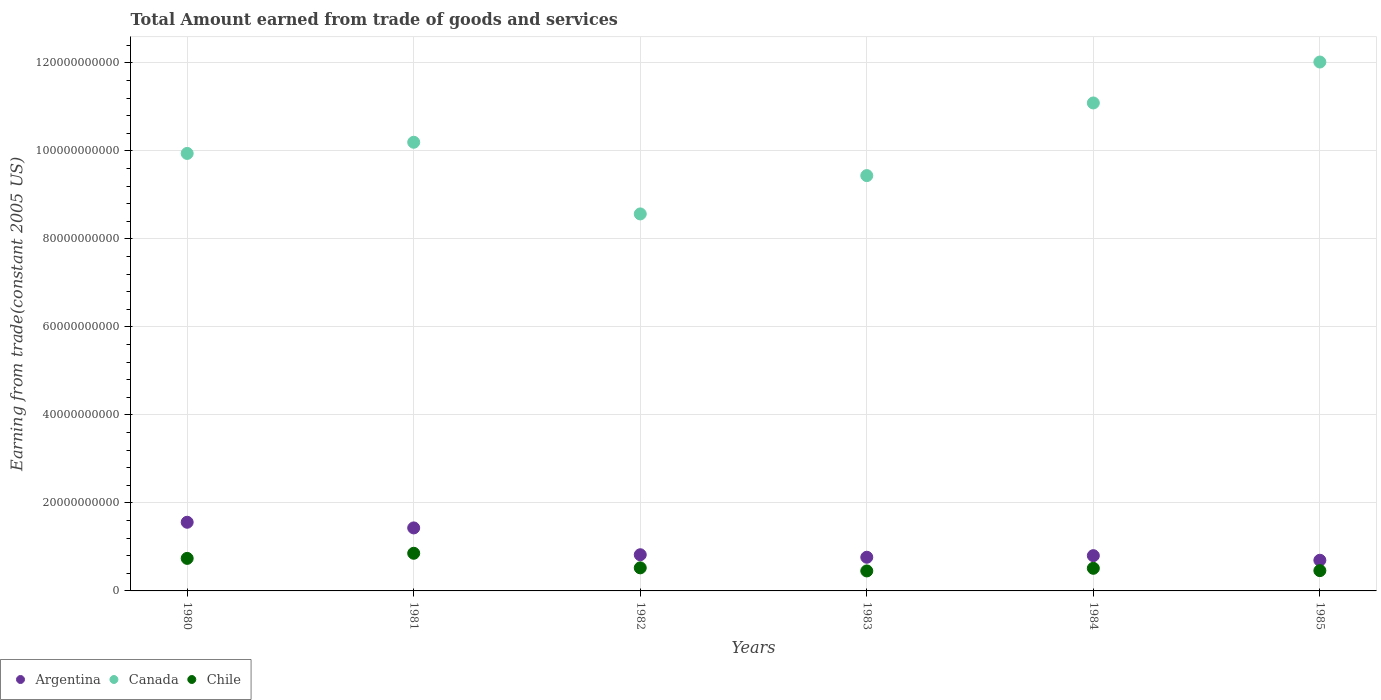
| Years | Argentina | Canada | Chile |
 | --- | --- | --- | --- |
 | 1980 | 1.56e+10 | 9.94e+10 | 7.4e+09 |
 | 1981 | 1.43e+10 | 1.02e+11 | 8.56e+09 |
 | 1982 | 8.22e+09 | 8.57e+10 | 5.24e+09 |
 | 1983 | 7.65e+09 | 9.44e+10 | 4.54e+09 |
 | 1984 | 8.01e+09 | 1.11e+11 | 5.14e+09 |
 | 1985 | 6.97e+09 | 1.2e+11 | 4.61e+09 |